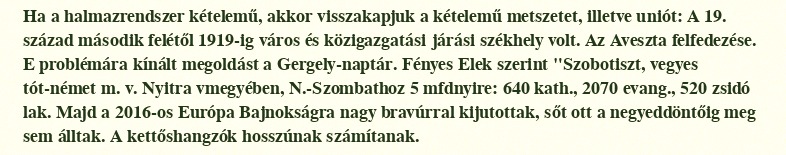
Ha a halmazrendszer kételemű, akkor visszakapjuk a kételemű metszetet, illetve uniót: A 19. század második felétől 1919-ig város és közigazgatási járási székhely volt. Az Aveszta felfedezése. E problémára kínált megoldást a Gergely-naptár. Fényes Elek szerint "Szobotiszt, vegyes tót-német m. v. Nyitra vmegyében, N.-Szombathoz 5 mfdnyire: 640 kath., 2070 evang., 520 zsidó lak. Majd a 2016-os Európa Bajnokságra nagy bravúrral kijutottak, sőt ott a negyeddöntőig meg sem álltak. A kettőshangzók hosszúnak számítanak.